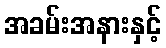
အခမ်းအနားနှင့်